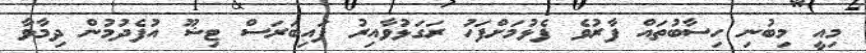
މިއީ މިބުނި ހިސާބުތައް ފާރުވެ ފެޅުމަށްފަހު ރަގަޅުވާއިރު ފައިބަރަސް ޓިޝޫ އުފެދުމުން ދިމާވާ